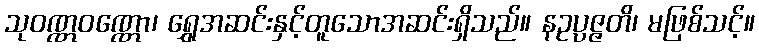
သုဝဏ္ဏဝဏ္ဏော၊ ရွှေအဆင်းနှင့်တူသောအဆင်းရှိသည်။ နဥပ္ပဇ္ဇတိ၊ မဖြစ်သင့်။